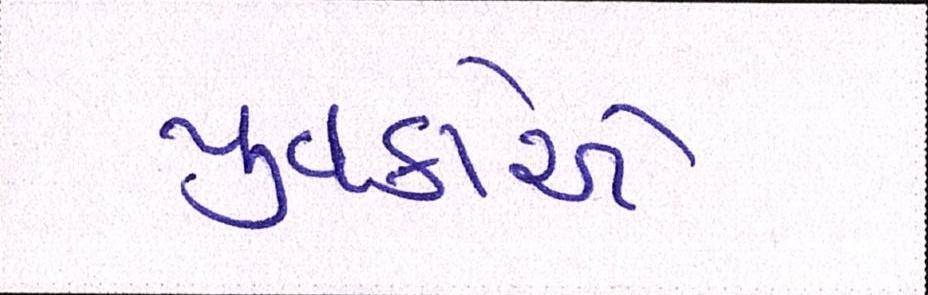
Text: યુવકોએ